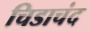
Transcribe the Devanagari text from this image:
चिडाचंद